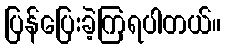
ပြန်ပြေးခဲ့ကြရပါတယ်။